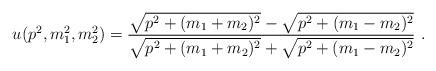
LaTeX: \begin{align*}u(p^2,m_1^2,m_2^2) = \frac { \sqrt{ p^2+(m_1+m_2)^2 } - \sqrt{ p^2+(m_1-m_2)^2 } } { \sqrt{ p^2+(m_1+m_2)^2 } + \sqrt{ p^2+(m_1-m_2)^2 } } \ .\end{align*}